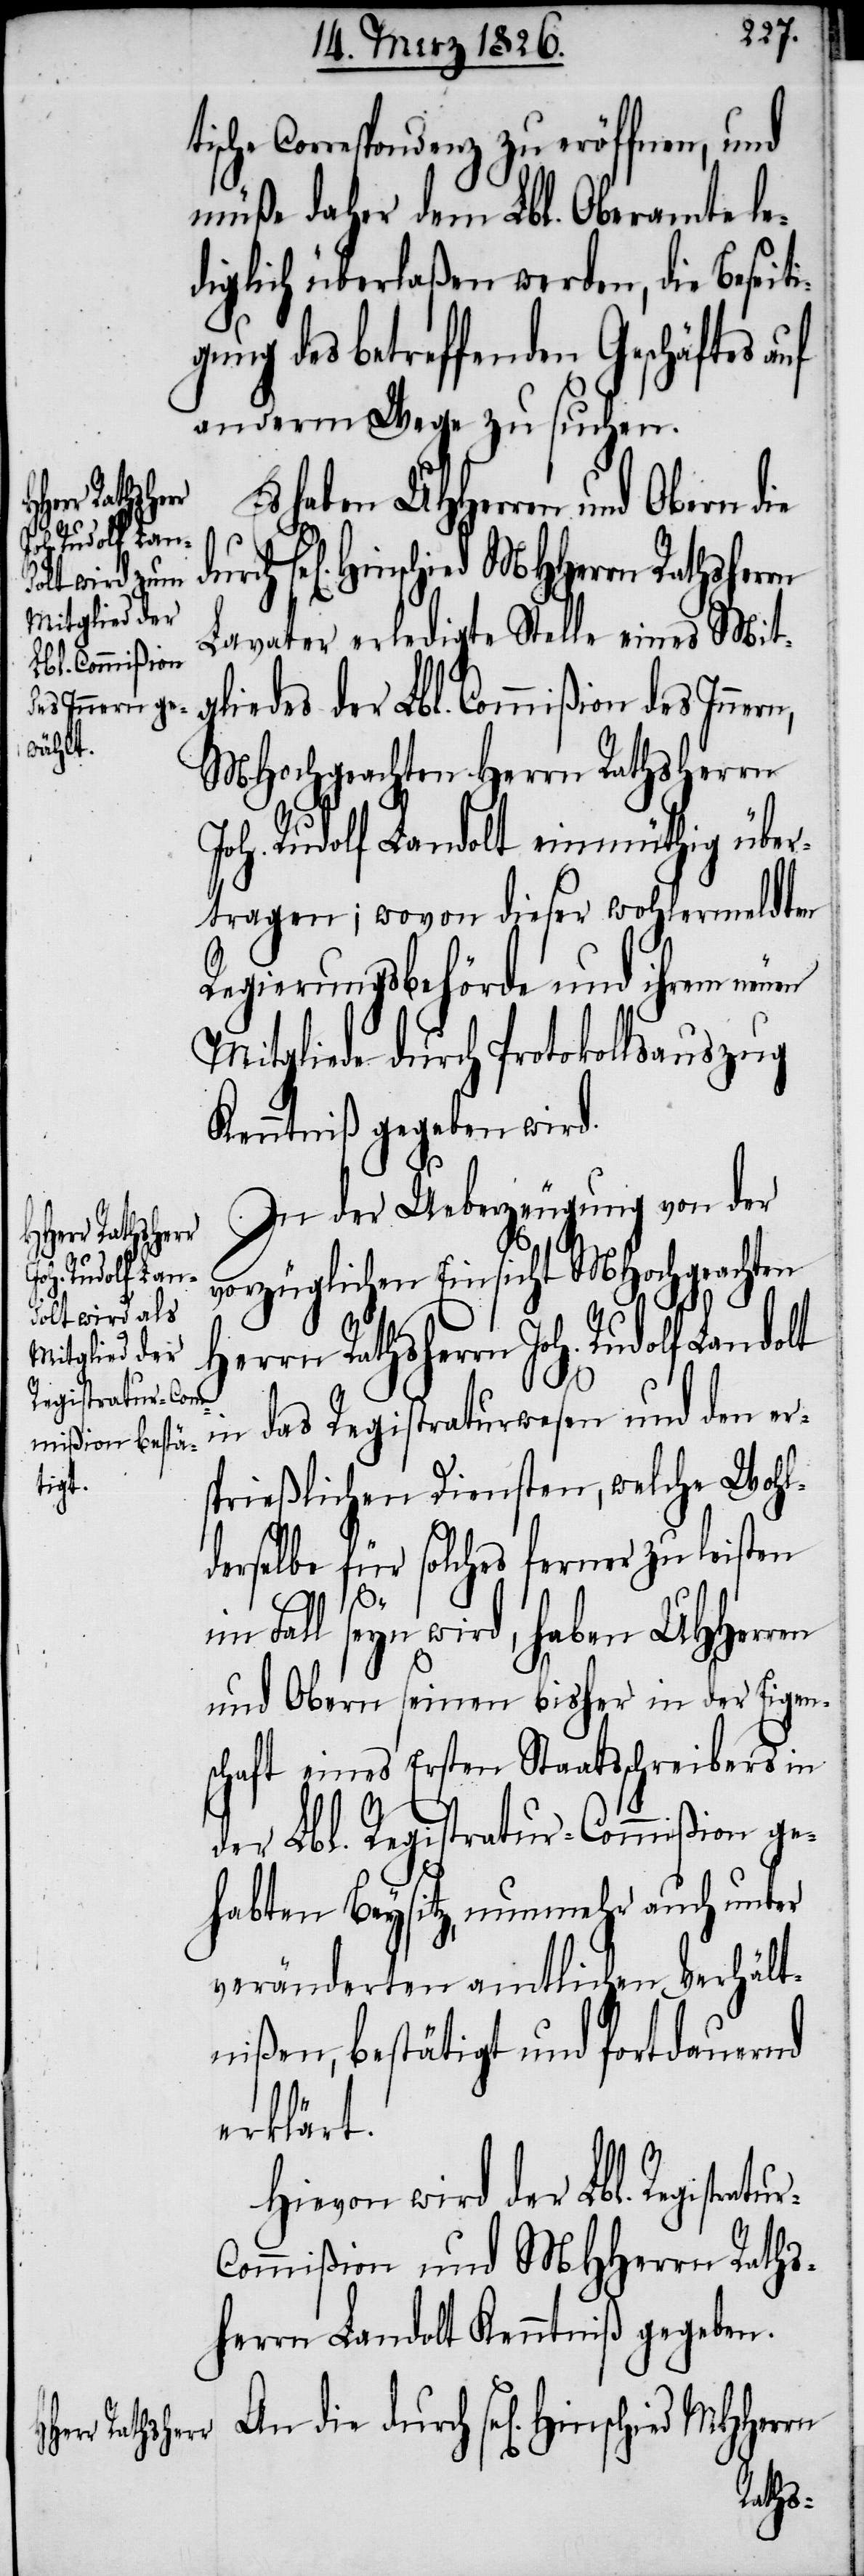
rn Rathshe¬
Joh. Rudolf Lan¬
Registratur-C¬

tische Correspondenz zu eröffnen, und
müße daher dem Lbl. Oberamte le¬
diglich überlaßen werden, die Beseiti¬
gung des betreffenden Geschäftes auf
anderm Wege zu suchen.
Es haben UHHerren und Obern die
Hinschied MHHerrn Rathsher¬
Lavater erledigte Stelle eines Mit¬
gliedes der Lbl. Commißion des Inner¬
MHochgeachten Herrn Rathsherrn
Joh. Rudolf Landlt einmüthig über¬
tragen; wovon dieser wohlermeldten
Regierungsbehörde und ihrem neuen
Mitgliede durch Protokollsauszug
Kenntniß gegeben wird.
In der Ueberzeugung von der
vorzüglichen Einsicht MHochgeachten
n,
in das Registraturwesen und den er¬
sprießlichen Diensten, welche Wohl¬
derselbe für solches ferner zu leisten
rrn
dolt
im Fall seyn wird, haben UHHerren
und Obern seinen bisher in der Eigen¬
schaft eines Ersten Staatschreibers in
der Lbl. Registatur-Commißion ge¬
habten Beysitz, nunmehr auch unter
veränderten amtlichen Verhält¬
nißen, bestätigt und fortdauernd
erklärt.
Hievon wird der Lbl.
ommißion und MHHerrn Raths¬
herrn Landolt Kenntniß gegeben.
An die durch sel[igen] Hinschied